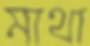
মাথা